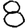
Digit: 8